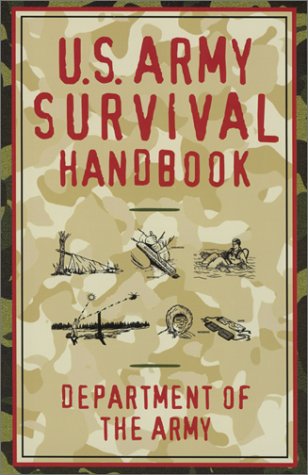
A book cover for U.S. Army Survival Handbook; Department of the Army; Sports & Outdoors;